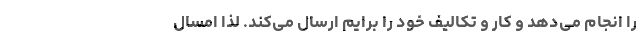
را انجام می‌دهد و کار و تکالیف خود را برایم ارسال می‌کند. لذا امسال